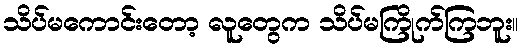
သိပ်မကောင်းတော့ လူတွေက သိပ်မကြိုက်ကြဘူး။